Leprosy in India: report of the Leprosy Commission in India, 1890-91
Year: 1890
Disease focus: Leprosy
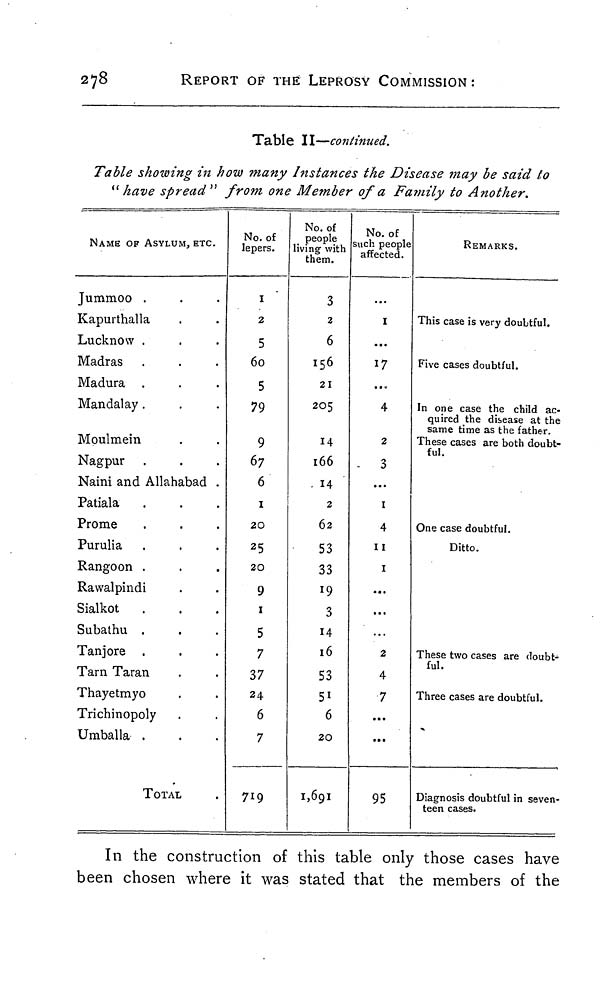
278
REPORT OF THE LEPROSY COMMISSION:
Table II—continued.
Table showing in how many Instances the Disease may be said to
" have spread " from one Member of a Fa?nily to Another.
NAME OF ASYLUM, ETC.
Jummoo .
Kapurthalla
Lucknow .
Madras
Madura
Mandai ay .
Moulmein
Nagpur
Naini and Allahabad .
Patiala
Prome
Purulia
Rangoon .
Rawalpindi
Sialkot
Subathu .
Tanjore
Tarn Taran
Thayetmyo
Trichinopoly
Umballa .
TOTAL
No. of
lepers.
1
2
5
60
5
79
9
67
6
1
20
25
20
9
1
5
7
37
24
6
7
719
No. of
people
living with
them.
3
2
6
156
21
205
14
166
14
2
62
53
33
19
3
14
16
53
51
6
20
1,691
No. of
such people
affected.
...
1
...
17
....
4
2
3
...
1
4
11
1
...
...
2
4
7
...
...
95
REMARKS.
This case is very doubtful.
Five cases doubtful.
In one case the child ac-
quired the disease at the
same time as the father.
These cases are both doubt-
ful.
One case doubtful.
Ditto.
These two cases are doubt-
ful.
Three cases are doubtful.
Diagnosis doubtful in seven-
teen cases.
In the construction of this table only those cases have
been chosen where it was stated that the members of the